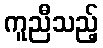
ကူညီသည့်